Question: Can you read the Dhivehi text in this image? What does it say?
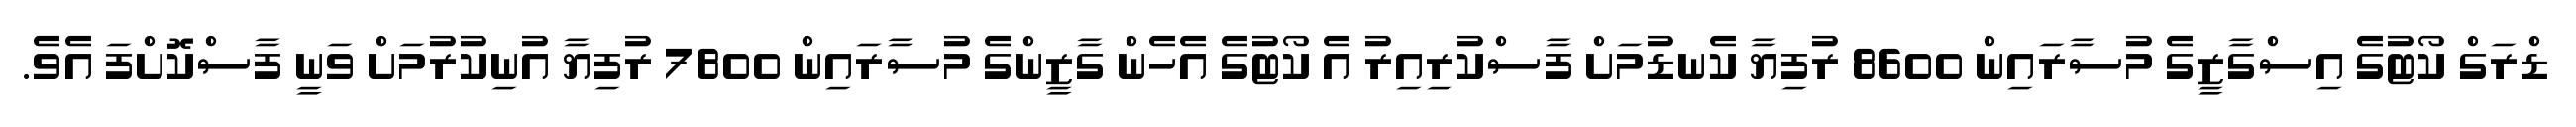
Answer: ޑްރަގް ކޯޓުގެ އިސްގާޒީގެ މުސާރައިން 8600 ރުފިޔާ ކެނޑުމަށް ފާސްކުރިއިރު އެ ކޯޓުގެ އެހެން ގާޒީންގެ މުސާރައިން 7800 ރުފިޔާ އުނިކުރުމަށް ވަނީ ފާސްކޮށްފަ އެވެ.